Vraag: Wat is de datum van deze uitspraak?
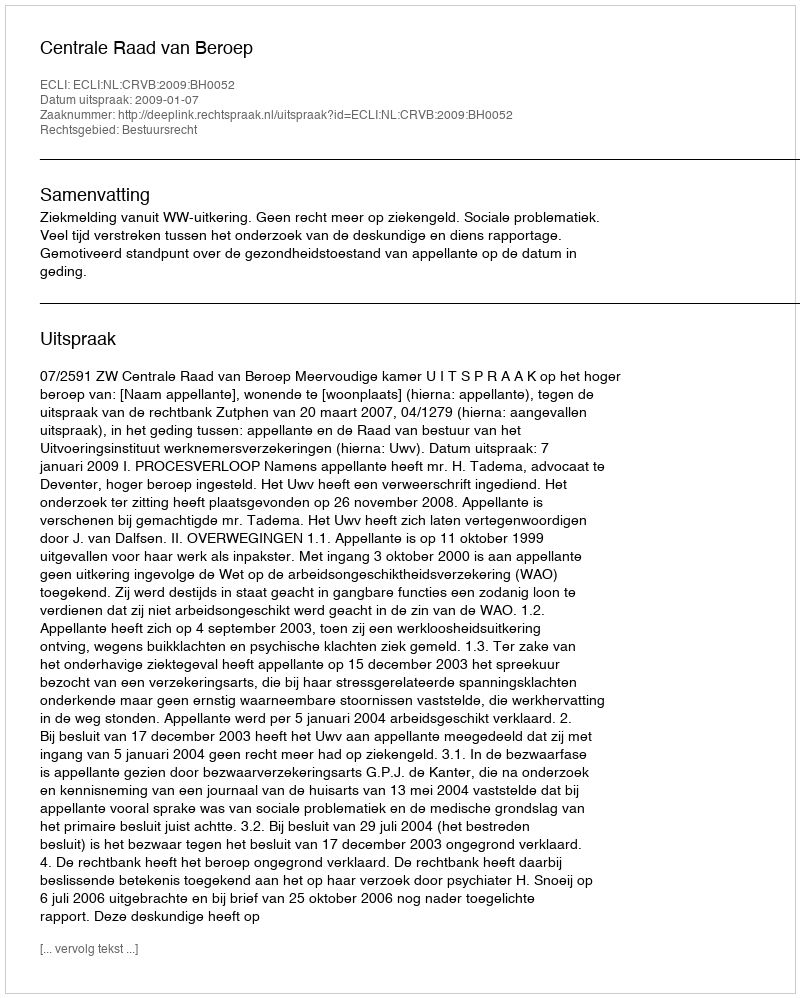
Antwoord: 2009-01-07